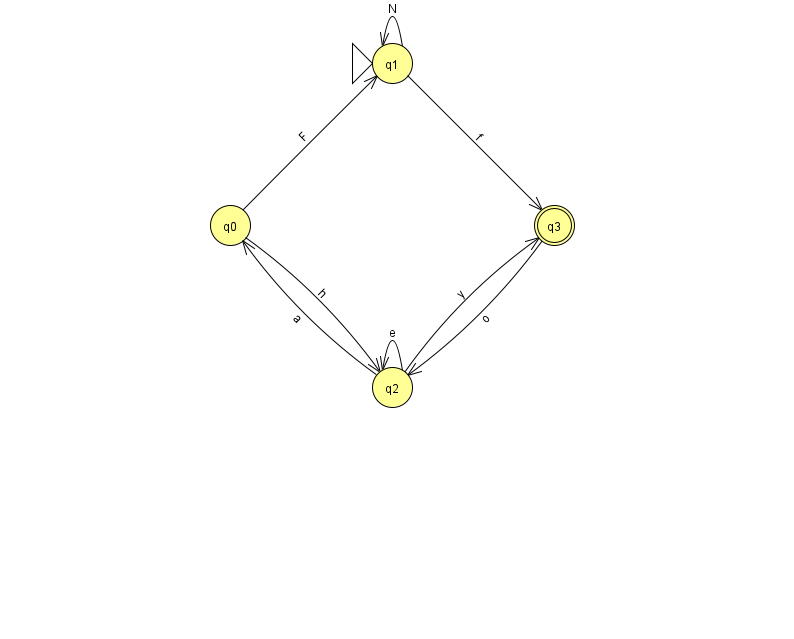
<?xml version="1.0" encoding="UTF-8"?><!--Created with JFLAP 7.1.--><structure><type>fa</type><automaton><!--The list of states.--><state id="0" name="q0"><x>230.0</x><y>212.0</y></state><state id="1" name="q1"><x>392.0</x><y>50.0</y><initial/></state><state id="2" name="q2"><x>392.0</x><y>374.0</y></state><state id="3" name="q3"><x>554.0</x><y>212.0</y><final/></state><!--The list of transitions.--><transition><from>2</from><to>3</to><read>y</read></transition><transition><from>1</from><to>3</to><read>f</read></transition><transition><from>3</from><to>2</to><read>o</read></transition><transition><from>2</from><to>2</to><read>e</read></transition><transition><from>2</from><to>0</to><read>a</read></transition><transition><from>1</from><to>1</to><read>N</read></transition><transition><from>0</from><to>1</to><read>F</read></transition><transition><from>0</from><to>2</to><read>h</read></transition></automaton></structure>